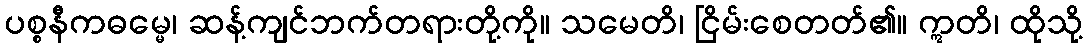
ပစ္စနီကဓမ္မေ၊ ဆန့်ကျင်ဘက်တရားတို့ကို။ သမေတိ၊ ငြိမ်းစေတတ်၏။ ဣတိ၊ ထိုသို့